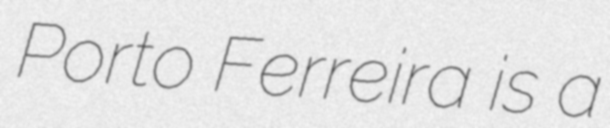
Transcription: Porto Ferreira is a